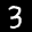
Label: 3